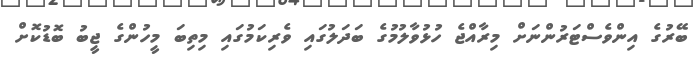
ބޭރުގެ އިންވެސްޓަރުންނަށް މިރާއްޖެ ހުޅުވާލުމުގެ ބަދަލުގައި ވެރިކަމުގައި މިތިބަ މީހުންގެ ޖީބު ބޮޑުކޮށް